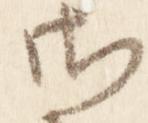
御